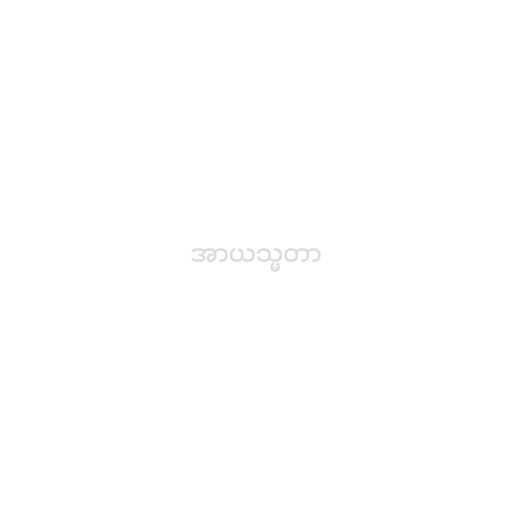
အာယသ္မတာ